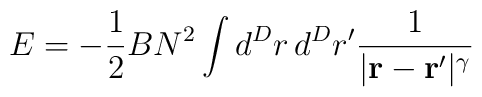
E=-{1\over2}BN^2\int d^Dr\,d^Dr'{1\over|{\bf r-r'}|^\gamma}